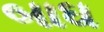
બાઘ